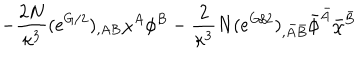
- \frac { 2 N } { \kappa ^ { 3 } } ( e ^ { G / 2 } ) _ { , A B } \chi ^ { A } \phi ^ { B } - \frac { 2 } { \kappa ^ { 3 } } N ( e ^ { G / 2 } ) _ { , \bar { A } \bar { B } } \bar { \phi } ^ { \bar { A } } \bar { \chi } ^ { \bar { B } }